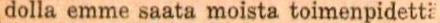
dolla emme saata moista toimenpidettä